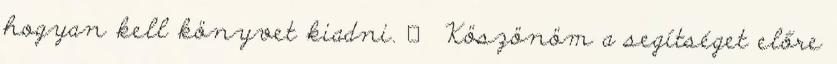
hogyan kell könyvet kiadni. 🙂 Köszönöm a segítséget előre